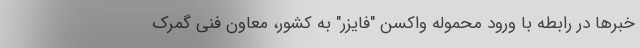
خبرها در رابطه با ورود محموله واکسن "فایزر" به کشور، معاون فنی گمرک